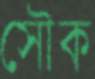
সৌক